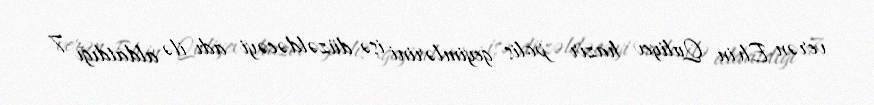
verən Elvin Quliyev hazır polis geyimlərini işə düzəldəcəyi adı ilə aldatdığı 7